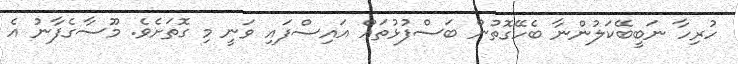
ހުރިހާ ނަބީބޭކަލުންނާ ބެހޭގޮތުން ބަސްފުޅުތައް އައިސްފައި ވަނީ މި ގޮތަށެވެ. މޫސާގެފާނު އެ